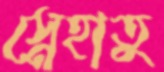
স্নেহাতু